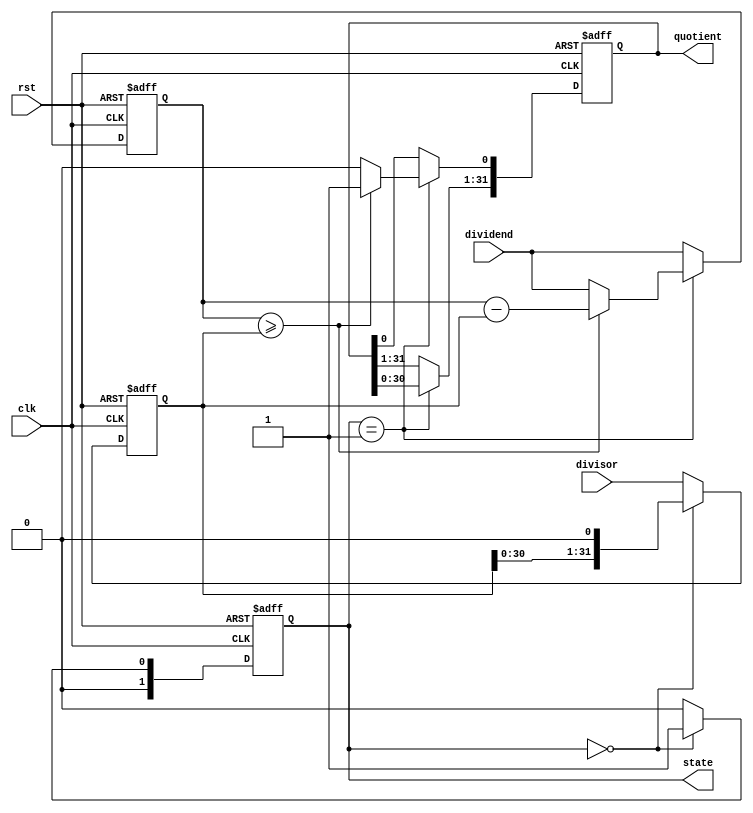
module PipelinedDivider (
    input wire clk,
    input wire rst,
    input wire [31:0] dividend,
    input wire [31:0] divisor,
    output reg [31:0] quotient,
    output reg [1:0] state
);

reg [31:0] dividend_reg;
reg [31:0] divisor_reg;
reg [31:0] quotient_reg;
reg [1:0] state_reg;

always @(posedge clk or posedge rst) begin
    if (rst) begin
        dividend_reg <= 32'd0;
        divisor_reg <= 32'd0;
        quotient_reg <= 32'd0;
        state_reg <= 2'b00;
    end else begin
        dividend_reg <= dividend;
        divisor_reg <= divisor;
        
        case (state_reg)
            2'b00: begin
                // Shift divisor (to align with msb of dividend)
                divisor_reg <= divisor_reg << 1;
                state_reg <= 2'b01;
            end
            2'b01: begin
                // Subtract shifted divisor from dividend
                quotient_reg <= quotient_reg << 1;
                if (dividend_reg >= divisor_reg) begin
                    dividend_reg <= dividend_reg - divisor_reg;
                    quotient_reg[0] <= 1;
                end
                state_reg <= 2'b00;
            end
            default: state_reg <= 2'b00;
        endcase
    end
end

assign quotient = quotient_reg;
assign state = state_reg;

endmodule